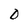
Character: D